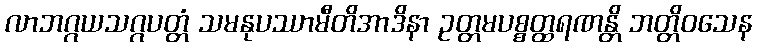
လာဘဂ္ဂယသဂ္ဂပတ္တံ သမနုပဿာမီတိအာဒိနာ ဥတ္တမပစ္စတ္ထရဏန္တိ ဘတ္တိဝသေန